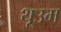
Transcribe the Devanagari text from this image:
थूउम